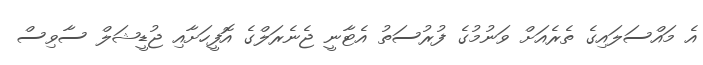
އެ މައްސަލައިގެ ތެރެއަށް ވަނުމުގެ ފުރުސަތު އެޓާނީ ޖެނެރަލްގެ އޮފީހަށާއި ޖުޑީޝަލް ސާވިސް